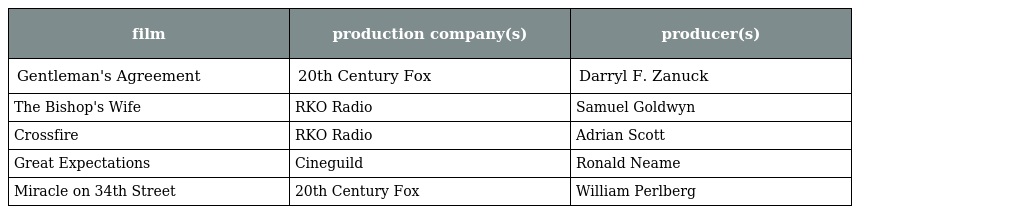
| film | production company(s) | producer(s) |
 | --- | --- | --- |
 | Gentleman's Agreement | 20th Century Fox | Darryl F. Zanuck |
 | The Bishop's Wife | RKO Radio | Samuel Goldwyn |
 | Crossfire | RKO Radio | Adrian Scott |
 | Great Expectations | Cineguild | Ronald Neame |
 | Miracle on 34th Street | 20th Century Fox | William Perlberg |